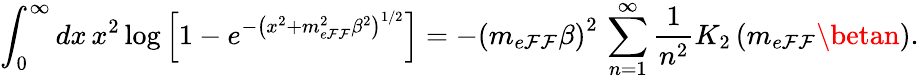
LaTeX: \int_{0}^{\infty}dx\, x^{2}\log\left[1-e^{-\left(x^{2}+m_{e\mathcal{F}\mathcal{F}}^{2}\beta^{2}\right)^{1/2}}\right]=-\left(m_{e\mathcal{F}\mathcal{F}}\beta\right)^{2}\, \sum_{n=1}^{\infty}\frac{{1}}{{n^{2}}}K_{2}\left(m_{e\mathcal{F}\mathcal{F}}\betan\right).